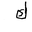
Letter: _kaf